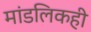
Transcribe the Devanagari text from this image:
मांडलिकही